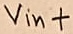
Text: Vin+